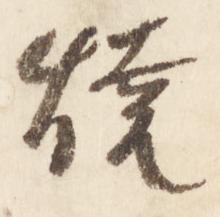
焼